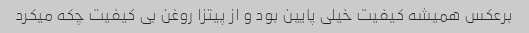
برعکس همیشه کیفیت خیلی پایین بود و از پیتزا روغن بی کیفیت چکه میکرد